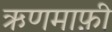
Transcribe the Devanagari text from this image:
ऋणमाफ़ी